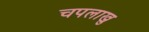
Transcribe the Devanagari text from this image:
चपलाखु